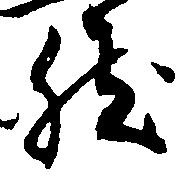
然